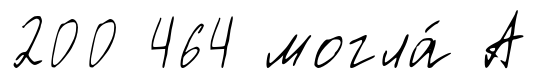
200 464 могла́ А